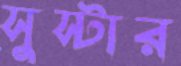
সুস্টার